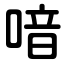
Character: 喑